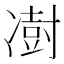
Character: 𫥙